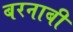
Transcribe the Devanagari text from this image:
बरनाबी